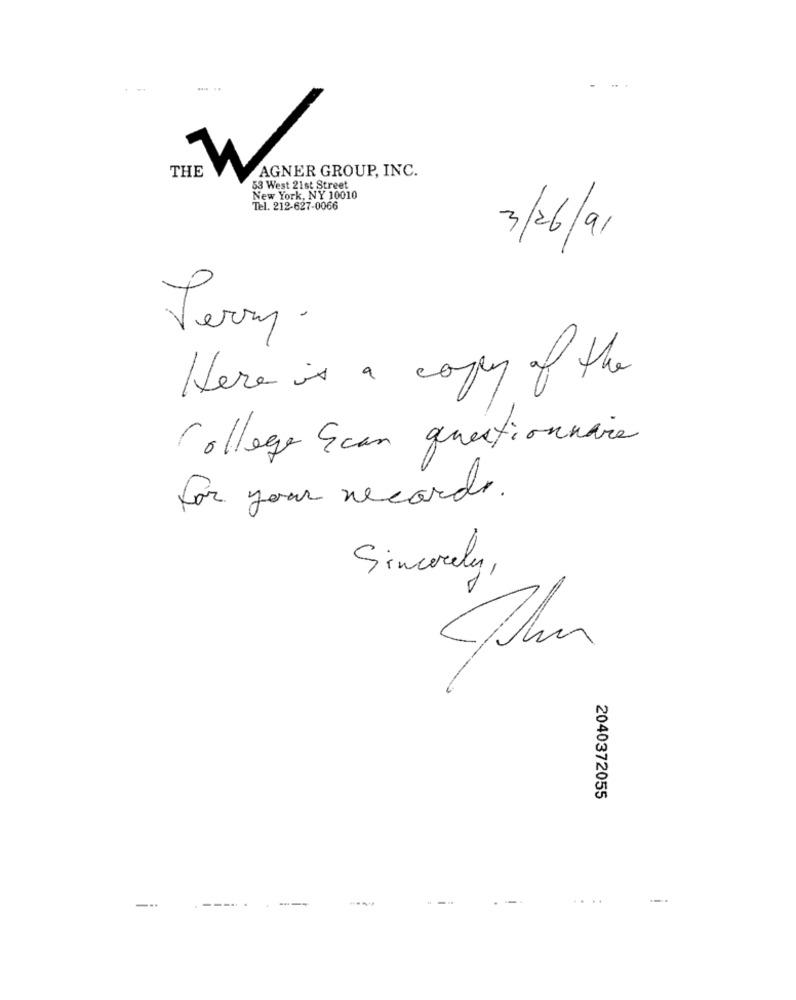
AGNER GROUP, INC.
THE
53 West 21st Street
New York, NY 10010
Tel. 212-627-0066
3/26/91
Jery .
Here is a copy of the
College Scan questionnaire
for your records.
Sincerely,
2040372055
---